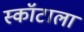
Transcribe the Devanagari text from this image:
स्कॉटाला